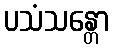
ပသံသန္တော